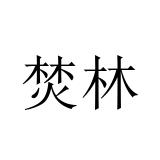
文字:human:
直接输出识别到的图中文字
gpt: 焚林